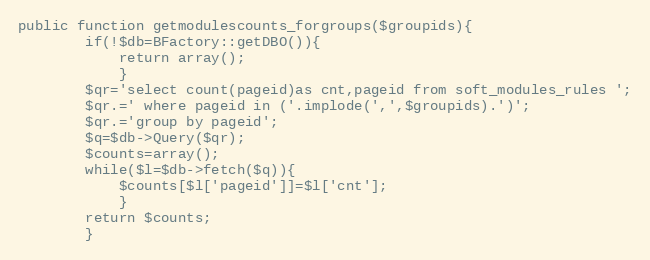
Language: PHP
public function getmodulescounts_forgroups($groupids){
		if(!$db=BFactory::getDBO()){
			return array();
			}
		$qr='select count(pageid)as cnt,pageid from soft_modules_rules ';
		$qr.=' where pageid in ('.implode(',',$groupids).')';
		$qr.='group by pageid';
		$q=$db->Query($qr);
		$counts=array();
		while($l=$db->fetch($q)){
			$counts[$l['pageid']]=$l['cnt'];
			}
		return $counts;
		}